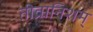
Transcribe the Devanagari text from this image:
तीव्रानिशम्‌